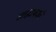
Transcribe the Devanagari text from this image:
तत्तद्भाषाओं